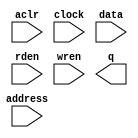
module BRAM (
	aclr,
	address,
	clock,
	data,
	rden,
	wren,
	q);

	input	  aclr;
	input	[11:0]  address;
	input	  clock;
	input	[7:0]  data;
	input	  rden;
	input	  wren;
	output	[7:0]  q;
`ifndef ALTERA_RESERVED_QIS
// synopsys translate_off
`endif
	tri0	  aclr;
	tri1	  clock;
	tri1	  rden;
`ifndef ALTERA_RESERVED_QIS
// synopsys translate_on
`endif

endmodule